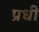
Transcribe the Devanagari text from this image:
प्रधी